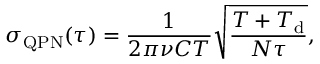
\sigma _ { \mathrm { Q P N } } ( \tau ) = \frac { 1 } { 2 \pi \nu C T } \sqrt { \frac { T + T _ { \mathrm { d } } } { N \tau } } ,